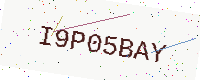
Text: I9P05BAY